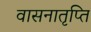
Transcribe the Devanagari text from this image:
वासनातृप्ति